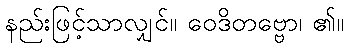
နည်းဖြင့်သာလျှင်။ ဝေဒိတဗ္ဗော၊ ၏။